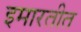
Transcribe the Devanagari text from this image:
इमारतीत